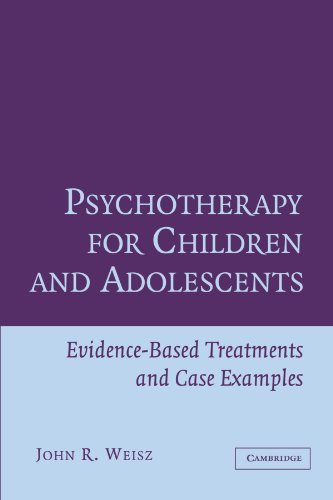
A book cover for Psychotherapy for Children and Adolescents: Evidence-Based Treatments and Case Examples; John R. Weisz; Health, Fitness & Dieting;